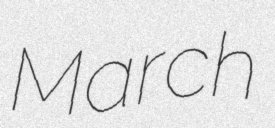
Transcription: March